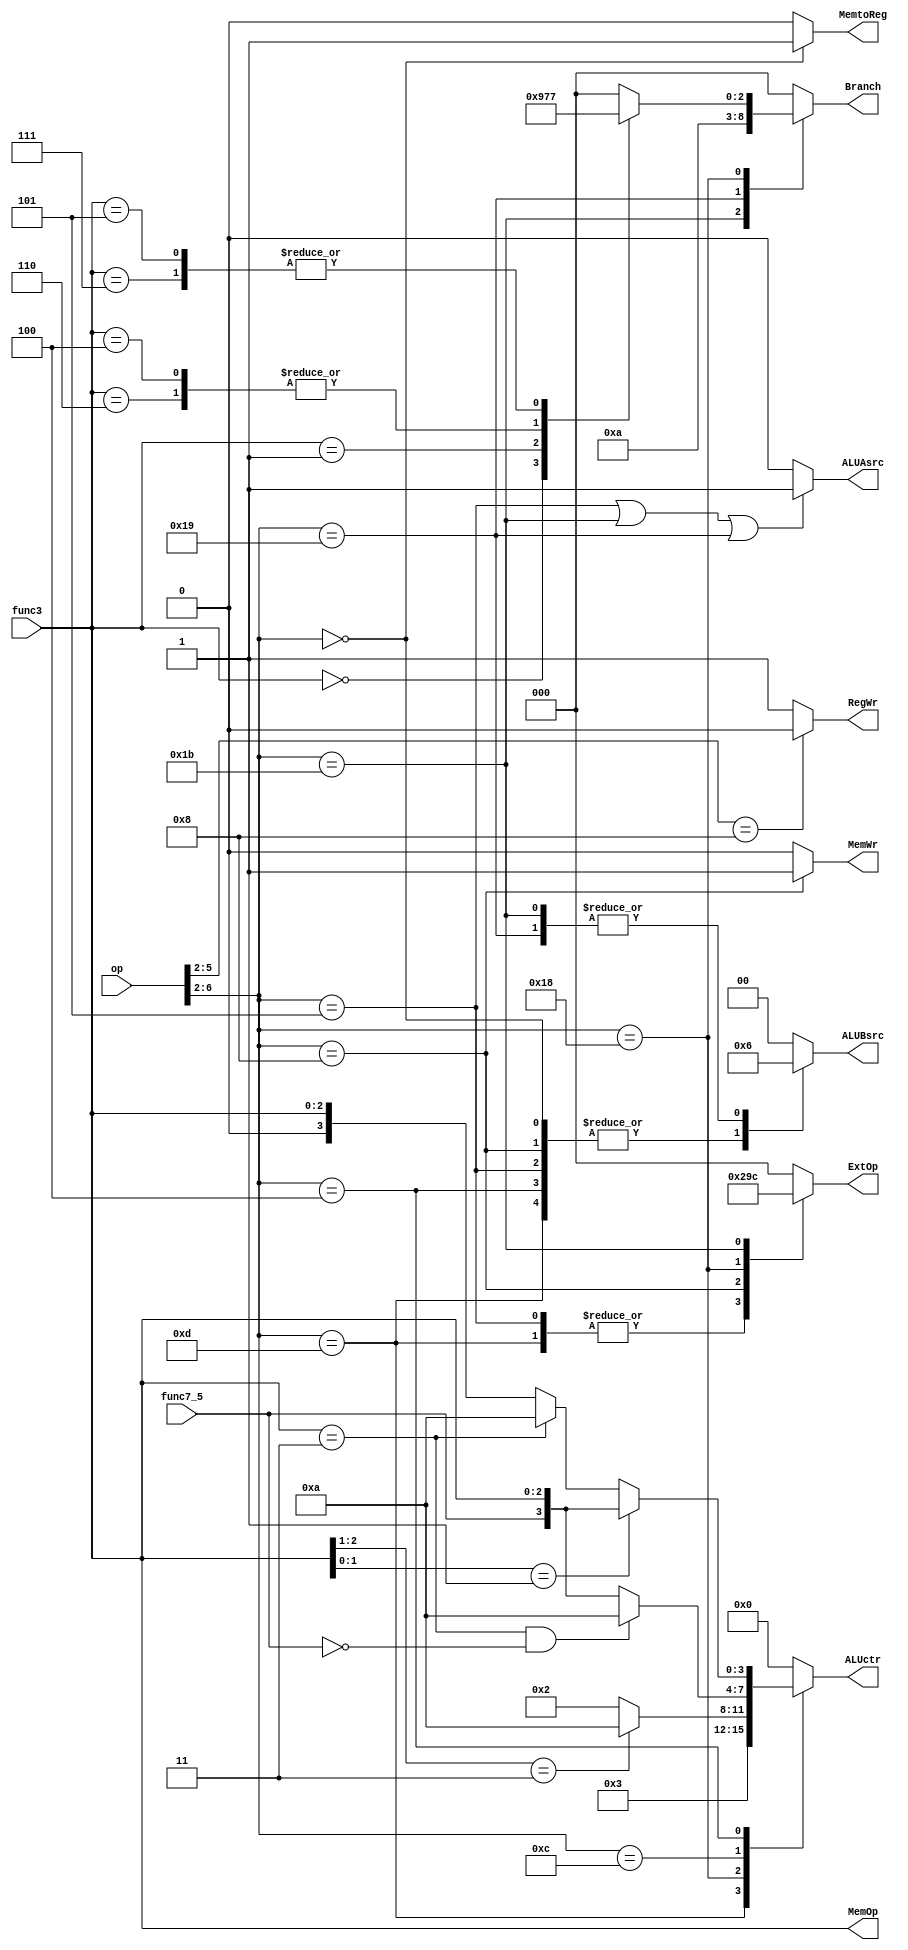
module ctrl_gen(
	input [6:0] op,
	input [2:0] func3,
	input func7_5,
	output reg [2:0] ExtOp,
	output reg RegWr,
	output reg ALUAsrc,
	output reg [1:0] ALUBsrc,
	output reg [3:0] ALUctr,
	output reg [2:0] Branch,
	output reg MemtoReg,
	output reg MemWr,
	output [2:0] MemOp

);

assign MemOp = func3;

always @ (*) begin
	case (op[6:2]) 
		5'b01101,
		5'b00101: ExtOp = 3'b001;
		5'b01000: ExtOp = 3'b010;
		5'b11000: ExtOp = 3'b011;
		5'b11011: ExtOp = 3'b100;
		default: ExtOp = 3'b000;
	endcase
end

always @ (*) begin
	if (op[5:2] == 4'b1000) RegWr = 1'b0;
	else RegWr = 1'b1;
end

always @ (*) begin
	case (op[6:2]) 
		5'b11011: Branch = 3'b001;
		5'b11001: Branch = 3'b010;
		5'b11000: begin
			case (func3) 
				3'b000: Branch = 3'b100;
				3'b001: Branch = 3'b101;
				3'b100,
				3'b110: Branch = 3'b110;
				3'b101,
				3'b111: Branch = 3'b111;
				default: Branch = 0;
			endcase
		end
		default: Branch = 0;
	endcase
end

always @ (*) begin
	if (op[6:2] == 5'b00000) MemtoReg = 1'b1;
	else MemtoReg = 1'b0;
end

always @ (*) begin
	if (op[6:2] == 5'b01000) MemWr = 1'b1;
	else MemWr = 1'b0;
end

always @ (*) begin
	if (op[6:2] == 5'b00101 
	 || op[6:2] == 5'b11011
	 || op[6:2] == 5'b11001) ALUAsrc = 1'b1;
	 else ALUAsrc = 1'b0;
end

always @ (*) begin
	case (op[6:2])
		5'b01101,
		5'b00101,
		5'b00100,
		5'b00000,
		5'b01000: ALUBsrc = 2'b01;
		5'b11011,
		5'b11001: ALUBsrc = 2'b10;
		default: ALUBsrc = 2'b00;
	endcase
end

always @ (*) begin
	case (op[6:2])
		5'b01101: ALUctr = 4'b0011;
		5'b11000: begin
			if (func3[2:1] == 2'b11) ALUctr = 4'b1010;
			else ALUctr = 4'b0010;
		end
		5'b01100: begin
			if (func3 == 3'b011 && func7_5 == 1'b0)
				ALUctr = 4'b1010;
			else ALUctr = {func7_5, func3};
		end
		5'b00100: begin
			if (func3[1:0] == 2'b01)
				ALUctr = {func7_5, func3};
			else if (func3 == 3'b011) 
				ALUctr = 4'b1010;
			else ALUctr = {1'b0, func3};
		end
		default: ALUctr = 4'b0000;
	endcase
end

endmodule